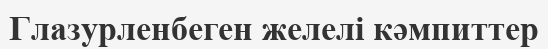
Глазурленбеген желелі кәмпиттер